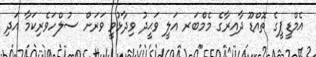
އެމްޑީޕީގެ ތޮއްޑޫ ދާއިރާގެ މެމްބަރ އަލީ ވަޙީދު ވިދާޅުވީ ވަރަށް ސުލްހަވެރިކަމާ އަދި